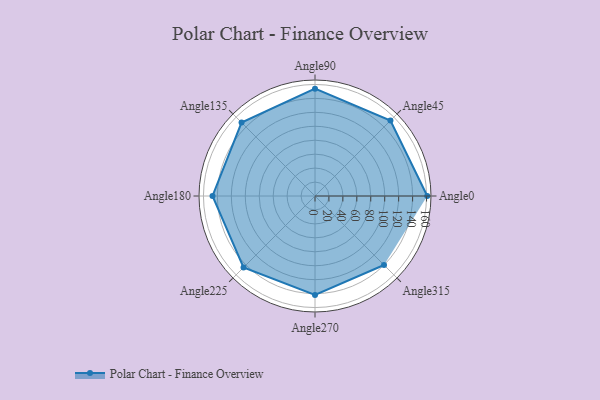
{"axis": {"x": "Angle", "y": "Radius"}, "legend": [""], "data": [{"x": "Angle0", "y": 161.0, "type": ""}, {"x": "Angle45", "y": 153.0, "type": ""}, {"x": "Angle90", "y": 154.0, "type": ""}, {"x": "Angle135", "y": 149.0, "type": ""}, {"x": "Angle180", "y": 147.0, "type": ""}, {"x": "Angle225", "y": 145.0, "type": ""}, {"x": "Angle270", "y": 142.0, "type": ""}, {"x": "Angle315", "y": 140.0, "type": ""}]}